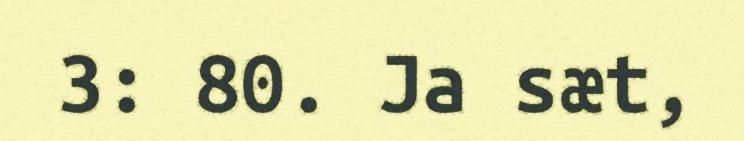
3: 80. Ja sæt,